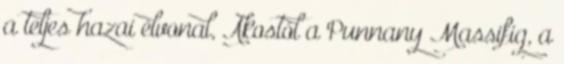
a teljes hazai élvonal, Ákostól a Punnany Massifig, a